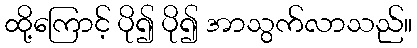
ထို့ကြောင့် ပို၍ ပို၍ အာသွက်လာသည်။